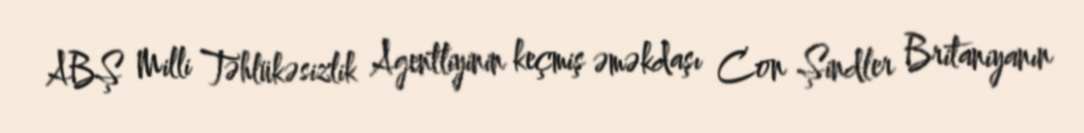
ABŞ Milli Təhlükəsizlik Agentliyinin keçmiş əməkdaşı Con Şindler Britaniyanın